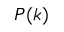
P ( k )